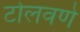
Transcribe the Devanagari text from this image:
टोलवणे